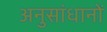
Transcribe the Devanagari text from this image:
अनुसांधानों